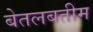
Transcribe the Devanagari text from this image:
बेतलबतीम